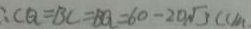
\therefore C Q = B C = B Q = 6 0 - 2 0 \sqrt { 3 } ( c m